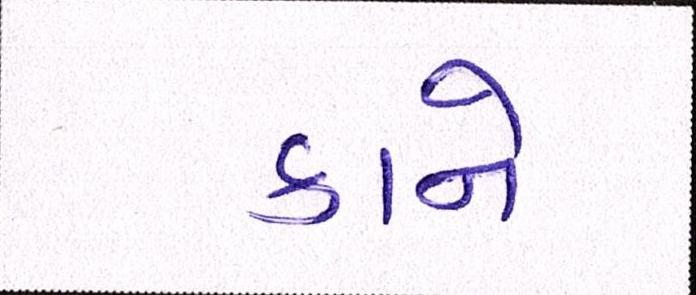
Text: કાને